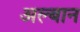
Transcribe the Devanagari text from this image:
अल्बान